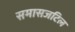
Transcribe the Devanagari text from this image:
समासजटिल